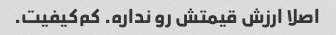
اصلا ارزش قیمتش رو نداره. کم‌کیفیت.